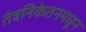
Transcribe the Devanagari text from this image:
तंत्रनिकेतनमधून